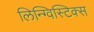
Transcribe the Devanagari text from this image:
लिन्ग्विस्टिक्स